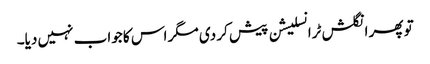
تو پھر انگلش ٹرانسلیشن پیش کر دی مگر اس کا جواب نہیں دیا۔